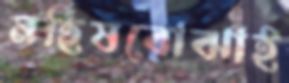
মহিষবোঝাই